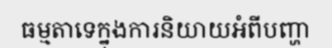
ធម្មតាទេក្នុងការនិយាយអំពីបញ្ហា